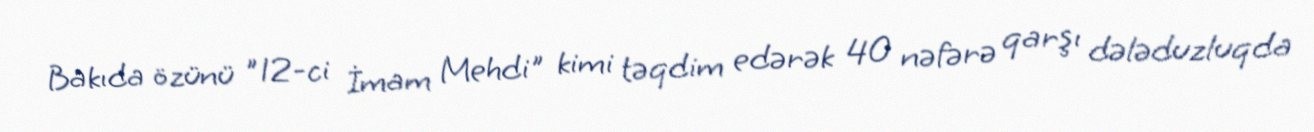
Bakıda özünü "12-ci İmam Mehdi" kimi təqdim edərək 40 nəfərə qarşı dələduzluqda